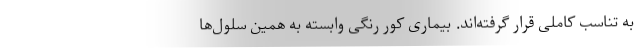
به تناسب کاملی قرار گرفته‌اند. بیماری کور رنگی وابسته به همین سلول‌ها